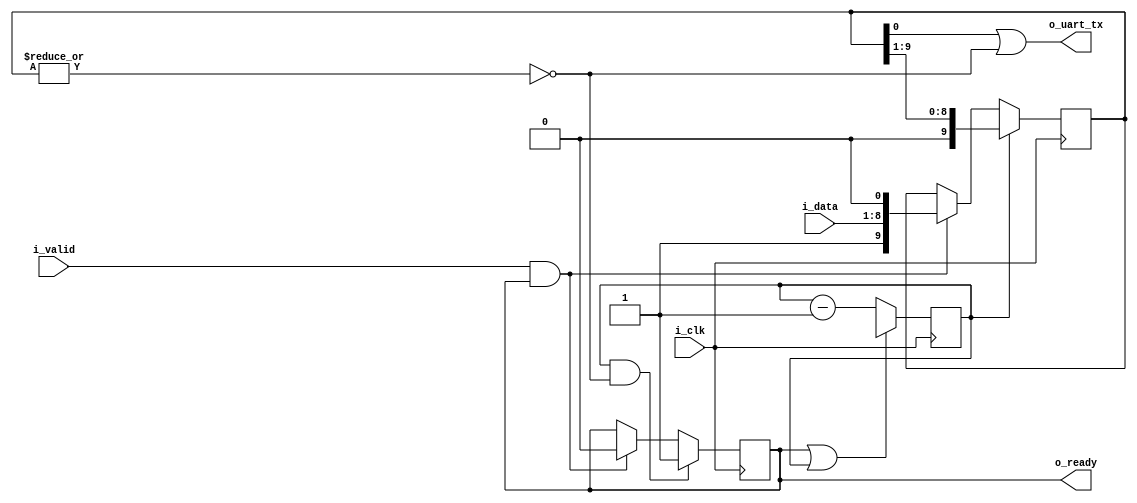
module corescore_emitter_uart
  #(
    parameter clk_freq_hz = 0,
    parameter baud_rate = 57600)
  (
   input wire 	    i_clk,
   input wire [7:0] i_data,
   input wire 	    i_valid,
   output reg 	    o_ready,
   output wire 	    o_uart_tx
);

   localparam START_VALUE = clk_freq_hz/baud_rate;
   
   localparam WIDTH = $clog2(START_VALUE);
   
   reg [WIDTH:0]  cnt = 0;
   
   reg [9:0] 	    data;

   assign o_uart_tx = data[0] | !(|data);

   always @(posedge i_clk) begin
      if (cnt[WIDTH] & !(|data)) begin
	 o_ready <= 1'b1;
      end else if (i_valid & o_ready) begin
	 o_ready <= 1'b0;
      end

      if (o_ready | cnt[WIDTH])
	cnt <= {1'b0,START_VALUE[WIDTH-1:0]};
      else
	cnt <= cnt-1;
      
      if (cnt[WIDTH])
	data <= {1'b0, data[9:1]};
      else if (i_valid & o_ready)
	data <= {1'b1, i_data, 1'b0};
   end

endmodule